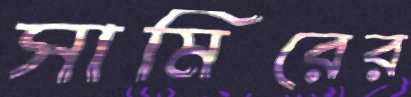
সামিরের